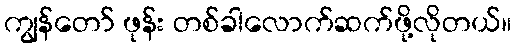
ကျွန်တော် ဖုန်း တစ်ခါလောက်ဆက်ဖို့လိုတယ်။